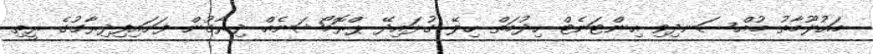
މައުލޫމާތު މުއްސަނދިވި އިންޓަނެޓް ހިދުމަތް ހިލޭ ގުޅައިދޭ ޕްރޮމޯޝަނެއް ދިރާގުން ފަށައިފިދިރާގުގެ ރީތި